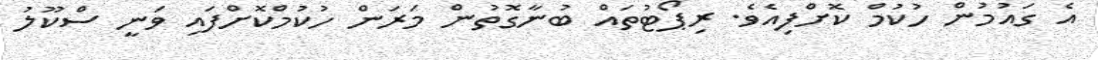
އެ ގައުމުން ހުކުމް ކޮށްފިއެވެ. ރިޕޯޓުތައް ބުނާގޮތުން މަރަން ހުކުމްކޮށްފައި ވަނީ ސްކޫލު